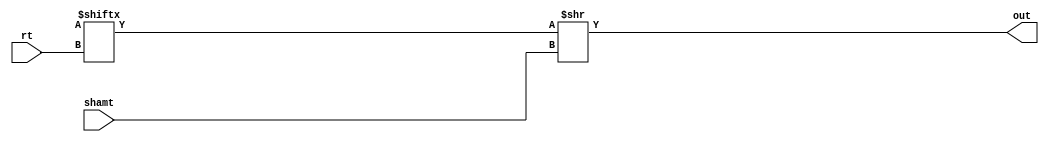
module srl(
	rt, shamt, out
);

input [4:0] shamt,rt;
output [31:0] out;

assign out = glob.r[rt] >> shamt;

endmodule